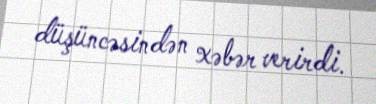
düşüncəsindən xəbər verirdi.